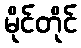
မိုင်တိုင်